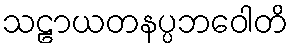
သဠာယတနပ္ပဘဝေါတိ